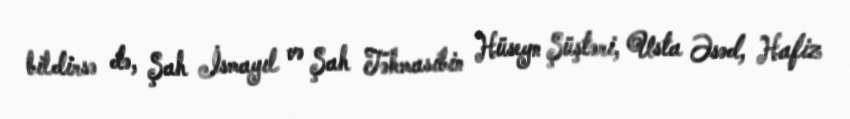
bildirsə də, Şah İsmayıl və Şah Təhmasibin Hüseyn Şüştəri, Usta Əsəd, Hafiz